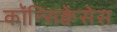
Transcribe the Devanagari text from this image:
कॉन्सिक्वेंसेस